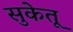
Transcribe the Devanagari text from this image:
सुकेतू